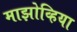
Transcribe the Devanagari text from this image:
माझोव्हिया